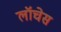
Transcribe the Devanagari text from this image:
लॉचेस